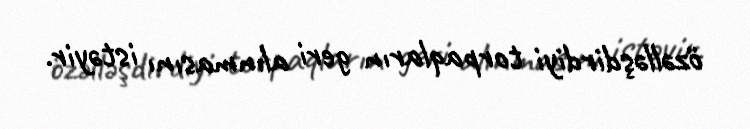
özəlləşdirdiyi torpaqların geri alınmasını istəyir.